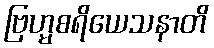
ဗြဟ္မစရိယေသနာတိ